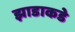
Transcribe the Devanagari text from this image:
झाडाकडे